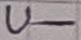
Text: U-